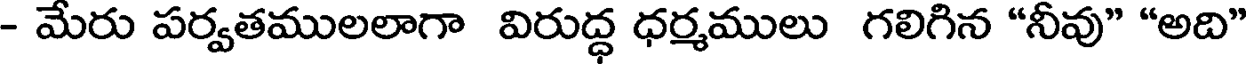
- మేరు పర్వతములలాగా విరుద్ధ ధర్మములు గలిగిన "నీవు" "అది"